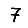
Digit: 7